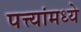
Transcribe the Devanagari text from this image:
पत्त्यांमध्ये